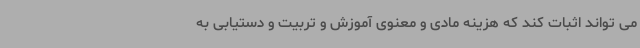
می تواند اثبات کند که هزینه مادی و معنوی آموزش و تربیت و دستیابی به